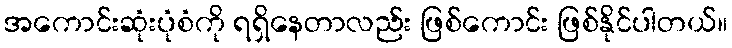
အကောင်းဆုံးပုံစံကို ရရှိနေတာလည်း ဖြစ်ကောင်း ဖြစ်နိုင်ပါတယ်။